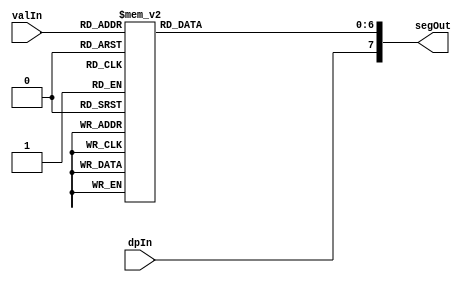
/*
    -Segments of indicator-
    
             
          -- A --
          |     |
          F     B
          |     |
          -- G --
          |     |
          E     C
          |     |
          -- D --  (DP)


    /----------------------\
    |  -Truth table-       |
    >----------------------<
    | Input:|     ABCDEFG  |
    >----------------------<
    | 4'h0 --> 7'b1111110; |
    | 4'h1 --> 7'b0110000; |
    | 4'h2 --> 7'b1101101; |
    | 4'h3 --> 7'b1111001; |
    | 4'h4 --> 7'b0110011; |
    | 4'h5 --> 7'b1011011; |
    | 4'h6 --> 7'b1011111; |
    | 4'h7 --> 7'b1110000; |
    | 4'h8 --> 7'b1111111; |
    | 4'h9 --> 7'b1111011; |
    | 4'hA --> 7'b1110111; |
    | 4'hB --> 7'b0011111; |
    | 4'hC --> 7'b1001110; |
    | 4'hD --> 7'b0111101; |
    | 4'hE --> 7'b1001111; |
    | 4'hF --> 7'b1000111; |
    \----------------------/

*/

module DecoderBinTo7SegHex(
    output wire [7:0] segOut, // [A..F]
    input  wire [3:0] valIn,
    input  wire       dpIn
);
    reg [6:0] segs;
    
    assign segOut = { dpIn, segs };
    
    always @( valIn )
      case( valIn )
          4'h0: segs = ~7'b1111110;
          4'h1: segs = ~7'b0110000;
          4'h2: segs = ~7'b1101101;
          4'h3: segs = ~7'b1111001;
          4'h4: segs = ~7'b0110011;
          4'h5: segs = ~7'b1011011;
          4'h6: segs = ~7'b1011111;
          4'h7: segs = ~7'b1110000;
          4'h8: segs = ~7'b1111111;
          4'h9: segs = ~7'b1111011;
		  4'hA: segs = ~7'b1110111;
		  4'hB: segs = ~7'b0011111;
          4'hC: segs = ~7'b1001110;
		  4'hD: segs = ~7'b0111101;
		  4'hE: segs = ~7'b1001111;
          default: segs = ~7'b1000111; // 4'hF
      endcase

endmodule // module Decoder7Seg